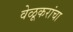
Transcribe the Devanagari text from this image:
वेळूकरांचा